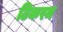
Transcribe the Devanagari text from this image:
टिकरम